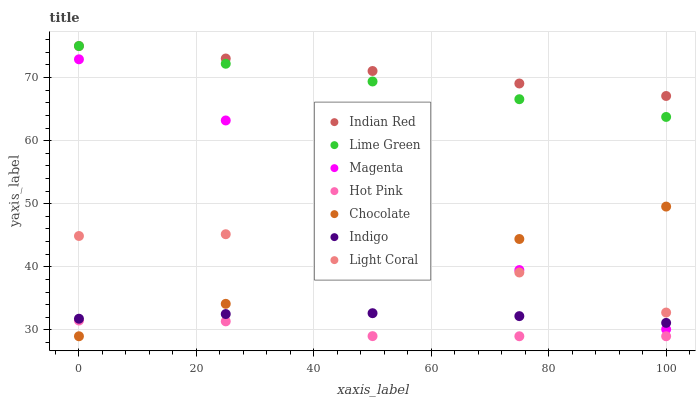
| xaxis_label | Indian Red | Lime Green | Magenta | Hot Pink | Chocolate | Indigo | Light Coral |
 | --- | --- | --- | --- | --- | --- | --- | --- |
 | 0 | 75 | 75 | 72.9 | 31.5 | 29 | 31.8 | 44.9 |
 | 25 | 73 | 72.2 | 63.2 | 31.4 | 34.1 | 32.5 | 45.2 |
 | 50 | 71 | 69.4 | 53.9 | 29 | 39.3 | 32.7 | 43.2 |
 | 75 | 69.1 | 66.6 | 39.5 | 29 | 44.4 | 32.2 | 39.1 |
 | 100 | 67.1 | 63.8 | 30.1 | 29 | 49.6 | 31.1 | 32.8 |